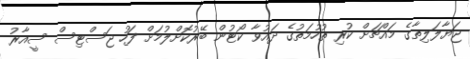
ޖަޔާލަލިތާގެ މައްޗަށް ކުރި ތުހުމަތުގެ ދައުވާ ކޯޓުން ބޭރުކޮށްލުމަށް ފަހު ޖަސްޓިސް ސީއާރު